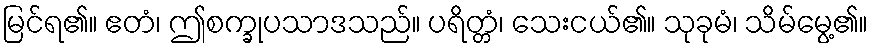
မြင်ရ၏။ ဧတံ၊ ဤစက္ခုပသာဒသည်။ ပရိတ္တံ၊ သေးငယ်၏။ သုခုမံ၊ သိမ်မွေ့၏။